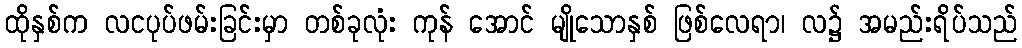
ထိုနှစ်က လငပုပ်ဖမ်းခြင်းမှာ တစ်ခုလုံး ကုန် အောင် မျိုသောနှစ် ဖြစ်လေရာ၊ လ၌ အမည်းရိပ်သည်